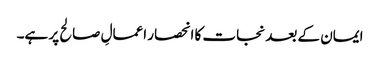
ایمان کے بعد نجات کا انحصار اعمالِ صالح پر ہے۔